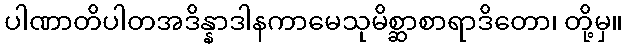
ပါဏာတိပါတအဒိန္နာဒါနကာမေသုမိစ္ဆာစာရာဒိတော၊ တို့မှ။